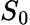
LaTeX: S_{0}